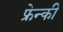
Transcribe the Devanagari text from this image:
फ्रेन्की